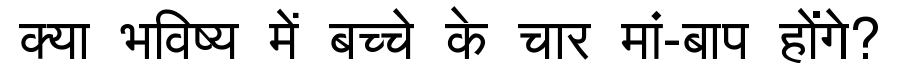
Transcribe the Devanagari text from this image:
क्या भविष्य में बच्चे के चार मां-बाप होंगे?